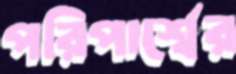
পরিপার্শ্বের